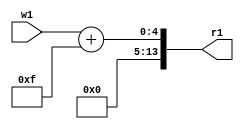
module alws(w1,r1);
 parameter b=10;
 parameter c=5 + b;
 parameter d=1 + c % 2;
 parameter a=d?b:c;
 input [a:b] w1;
 output reg [d:c] r1;
 reg r0;
 wire f, g;
assign f = w1;
assign g = w1?w1:w1 + a;
always @( w1 )
begin
   r0 = w1 + 1;
   r1 <= w1 + c;
   end
endmodule